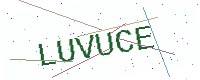
Text: LUVUCE